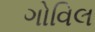
ગોવિલ